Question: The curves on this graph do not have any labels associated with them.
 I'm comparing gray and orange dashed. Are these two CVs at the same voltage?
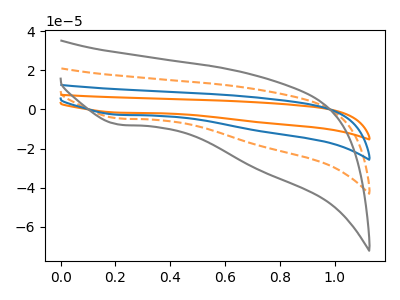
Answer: <think>The orange curve "orange" has a cathodic peak at: (0.20V, -13.80uA). The orange dashed curve "orange dashed" has a cathodic peak at: (0.20V, -4.60uA). The blue curve "blue" has a cathodic peak at: (0.20V, -9.20uA). The gray curve "gray" has a cathodic peak at: (0.20V, -7.70uA).
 All the peaks in "gray" have a peak in "orange dashed" at the same potential. Every peak in "gray" is higher than every peak in "orange dashed".</think>
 <answer>"gray" and "orange dashed" are similar in shape.</answer>
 <eval>same_shape</eval>